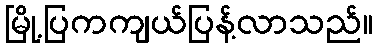
မြို့ပြကကျယ်ပြန့်လာသည်။